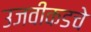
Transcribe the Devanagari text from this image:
उजवीकडचे